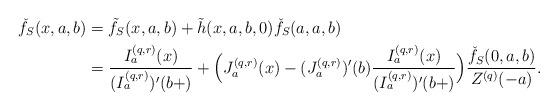
LaTeX: \begin{align*}\check{f}_S(x,a,b) &=\tilde{f}_S(x,a,b) +\tilde{h}(x,a,b,0)\check{f}_S(a,a,b) \\&=\frac{I_a^{(q,r)}(x)}{(I_a^{(q,r)})'(b+)} +\Big( J_a^{(q,r)}(x)-(J_a^{(q,r)})'(b)\frac{I_a^{(q,r)}(x)}{(I_a^{(q,r)})'(b+)}\Big) \frac{\check{f}_S(0,a,b)}{Z^{(q)}(-a)}.\end{align*}